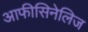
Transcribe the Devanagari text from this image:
आफीसिनेलिज